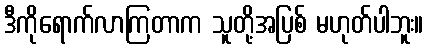
ဒီကိုရောက်လာကြတာက သူတို့အပြစ် မဟုတ်ပါဘူး။